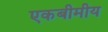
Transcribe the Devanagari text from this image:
एकबीमीय